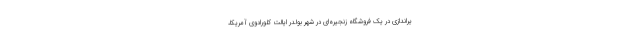
یراندازی در یک فروشگاه زنجیره‌ای در شهر بولدر ایالت کلورادوی آمریکا،